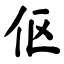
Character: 伛